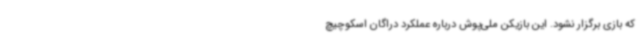
که بازی برگزار نشود. این بازیکن ملی‌پوش درباره عملکرد دراگان اسکوچیچ